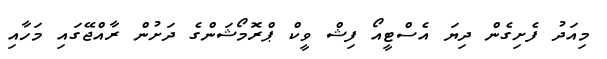
މިއަދު ފެށިގެން ދިޔަ އެސްޓީއޯ ފިޝް ވީކް ޕްރޮމޯޝަންގެ ދަށުން ރާއްޖޭގައި މަހާއި